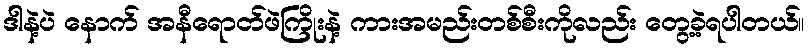
ဒါနဲ့ပဲ နောက် အနီရောငာ်ဖဲကြိုးနဲ့ ကားအမည်းတစ်စီးကိုလည်း တွေ့ခဲ့ရပါတယ်။